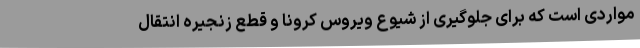
مواردی است که برای جلوگیری از شیوع ویروس کرونا و قطع زنجیره انتقال